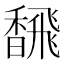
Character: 𫗿